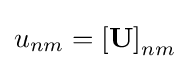
u_{nm}=\left[\mathbf {U} \right]_{nm}